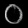
Digit: ၀